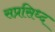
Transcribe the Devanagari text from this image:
सप्रसिध्द